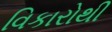
વિકારોથી